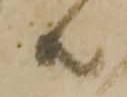
共